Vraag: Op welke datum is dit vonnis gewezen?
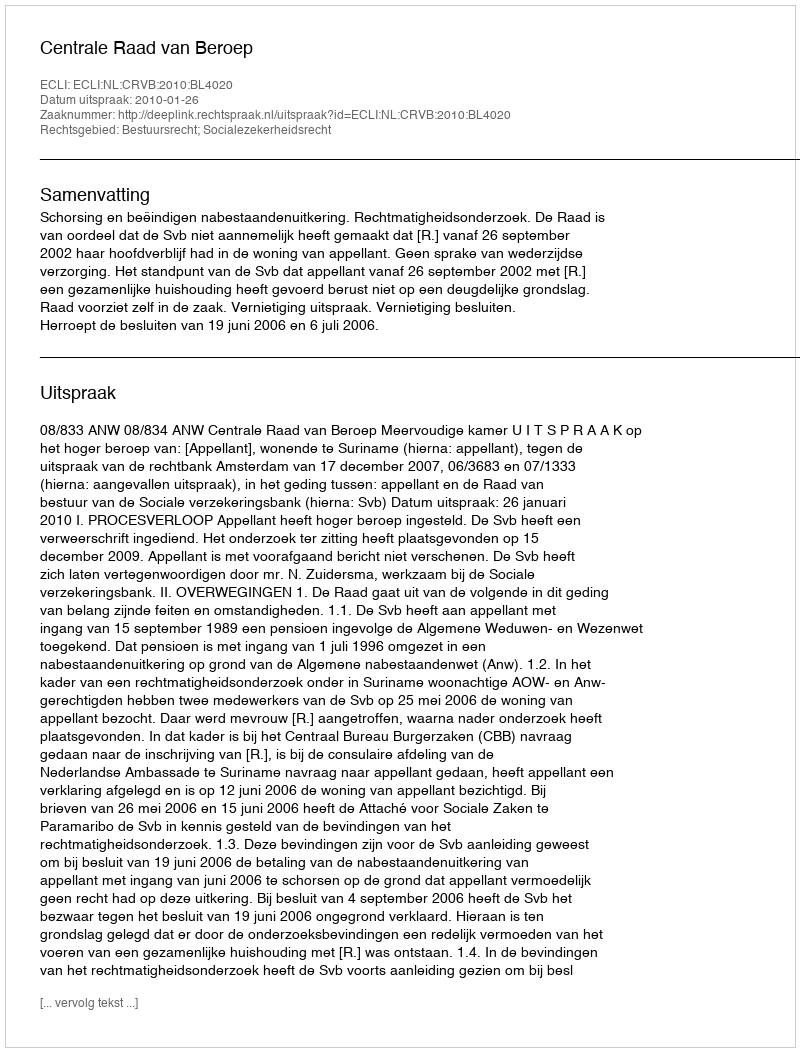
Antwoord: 2010-01-26